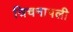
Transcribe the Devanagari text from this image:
त्रिचनापली